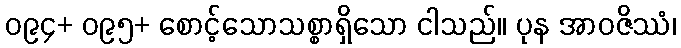
၀၉၄+ ၀၉၅+ စောင့်သောသစ္စာရှိသော ငါသည်။ ပုန အာဝဇိဿံ၊